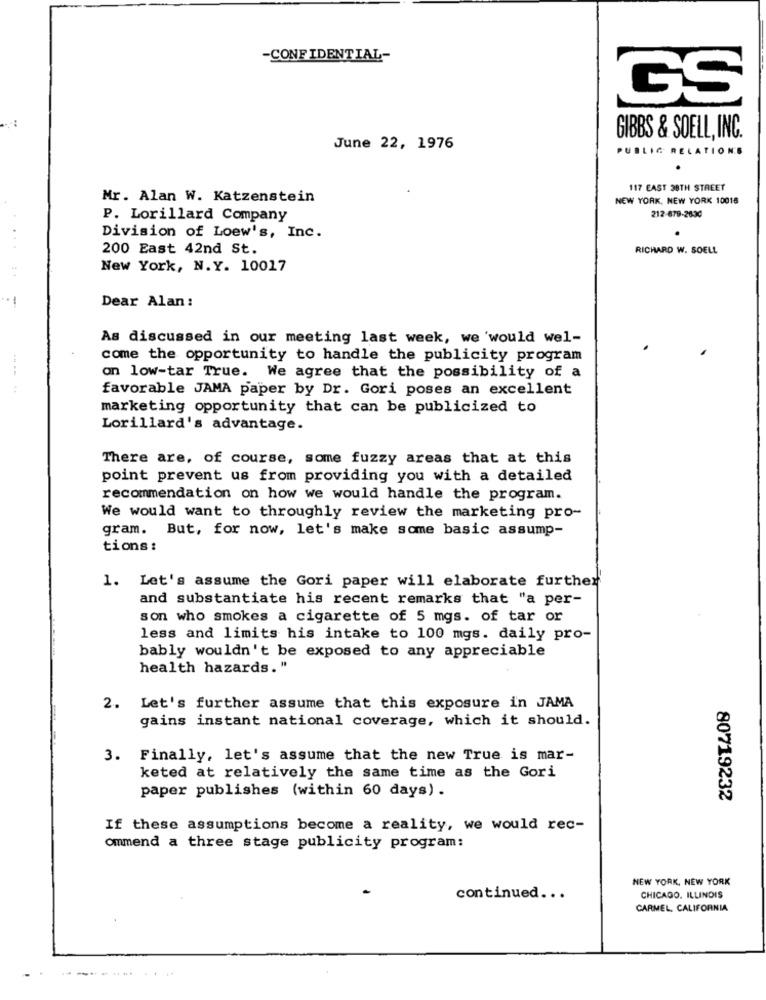
-CONFIDENTIAL-
GS
.:
GIBBS & SOELL, INC.
June 22, 1976
PUBLIC RELATIONS
117 EAST 38TH STREET
Mr. Alan W. Katzenstein
NEW YORK, NEW YORK 10016
P. Lorillard Company
212-679-2630
Division of Loew's, Inc.
200 East 42nd St.
RICHARD W. SOELL
1.4
New York, N.Y. 10017
-
Dear Alan :
As discussed in our meeting last week, we 'would wel-
come the opportunity to handle the publicity program
on low-tar True. We agree that the possibility of a
favorable JAMA paper by Dr. Gori poses an excellent
marketing opportunity that can be publicized to
Lorillard's advantage.
There are, of course, some fuzzy areas that at this
point prevent us from providing you with a detailed
recommendation on how we would handle the program.
We would want to throughly review the marketing pro-
gram. But, for now, let's make some basic assump-
tions :
1. Let's assume the Gori paper will elaborate further
and substantiate his recent remarks that "a per-
son who smokes a cigarette of 5 mgs. of tar or
less and limits his intake to 100 mgs. daily pro-
bably wouldn't be exposed to any appreciable
health hazards."
2. Let's further assume that this exposure in JAMA
gains instant national coverage, which it should.
3. Finally, let's assume that the new True is mar-
keted at relatively the same time as the Gori
paper publishes (within 60 days) .
80719232
If these assumptions become a reality, we would rec-
ommend a three stage publicity program:
NEW YORK, NEW YORK
continued ...
CHICAGO, ILLINOIS
CARMEL, CALIFORNIA